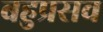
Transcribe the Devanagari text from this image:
बहुप्रसव